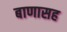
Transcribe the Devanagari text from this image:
बाणासह